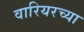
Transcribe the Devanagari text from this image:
वारियरच्या